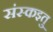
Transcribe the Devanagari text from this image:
संस्कइतु